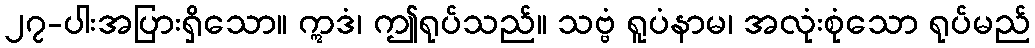
၂၇-ပါးအပြားရှိသော။ ဣဒံ၊ ဤရုပ်သည်။ သဗ္ဗံ ရူပံနာမ၊ အလုံးစုံသော ရုပ်မည်